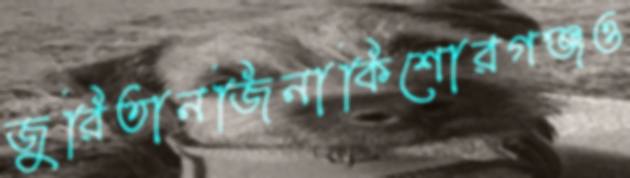
জুরিতানজিনাকিশোরগঞ্জও